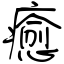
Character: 癒